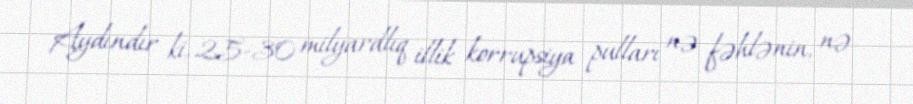
Aydındır ki, 25-30 milyardlıq illik korrupsiya pulları nə fəhlənin, nə